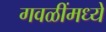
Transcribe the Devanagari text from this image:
गवळींमध्ये